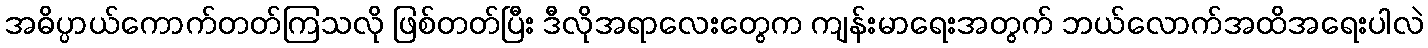
အဓိပ္ပာယ်ကောက်တတ်ကြသလို ဖြစ်တတ်ပြီး ဒီလိုအရာလေးတွေက ကျန်းမာရေးအတွက် ဘယ်လောက်အထိအရေးပါလဲ